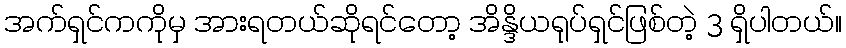
အက်ရှင်ကကိုမှ အားရတယ်ဆိုရင်တော့ အိန္ဒိယရုပ်ရှင်ဖြစ်တဲ့ 3 ရှိပါတယ်။